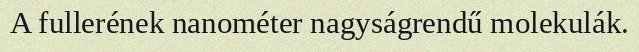
A fullerének nanométer nagyságrendű molekulák.